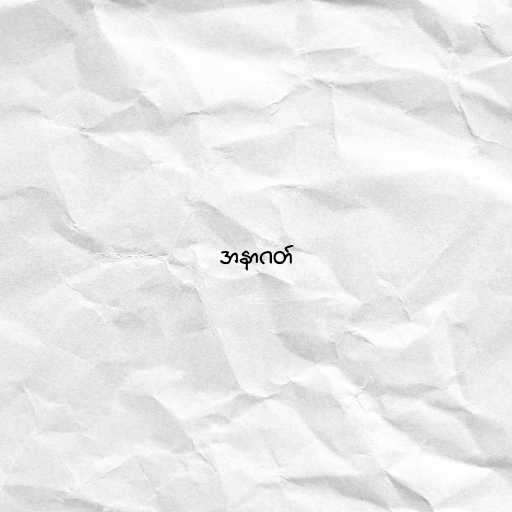
အနာဂတ်